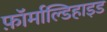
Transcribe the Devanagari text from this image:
फ़ॉर्माल्डिहाइड